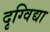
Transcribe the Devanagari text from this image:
दृग्विद्या